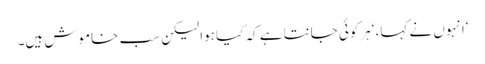
‘انہوں نے کہا، ‘ہرکوئی جانتا ہے کہ کیا ہوا لیکن سب خاموش ہیں۔